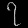
Digit: ၇